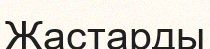
Жастарды